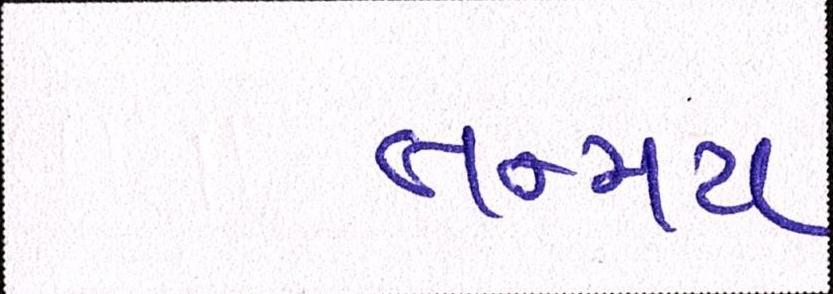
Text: તન્મય